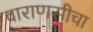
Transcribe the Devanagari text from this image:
वाराणसीचा